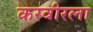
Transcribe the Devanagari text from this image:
करवीरला